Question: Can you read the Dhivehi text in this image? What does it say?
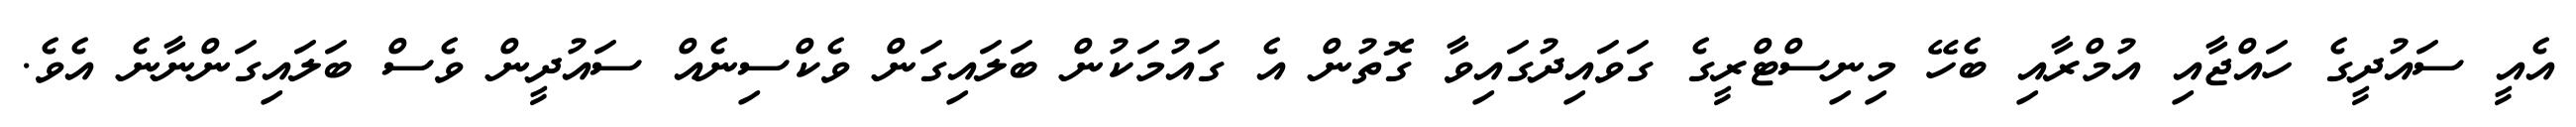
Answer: އެއީ ސައުދީގެ ހައްޖާއި އުމްރާއި ބެހޭ މިނިސްޓްރީގެ ގަވައިދުގައިވާ ގޮތުން އެ ގައުމަކުން ބަލައިގަން ވެކްސިނެއް ސައުދީން ވެސް ބަލައިގަންނާނެ އެވެ.